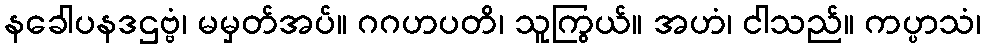
နခေါပနဒဌဗ္ဗံ၊ မမှတ်အပ်။ ဂဂဟပတိ၊ သူကြွယ်။ အဟံ၊ ငါသည်။ ကပ္ပာသံ၊